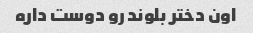
اون دختر بلوند رو دوست داره